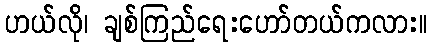
ဟယ်လို၊ ချစ်ကြည်ရေးဟော်တယ်ကလား။